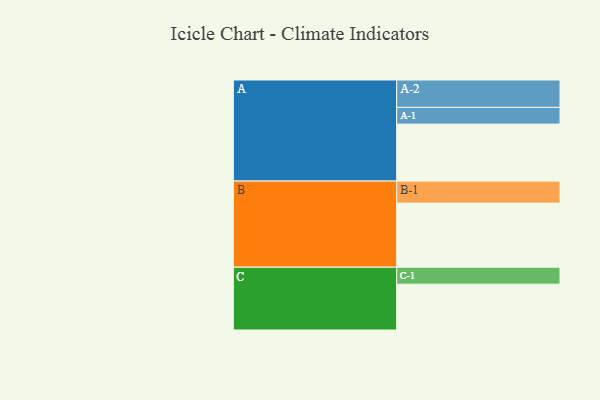
{"axis": {"x": "Segment", "y": "Value"}, "legend": ["", "A", "B", "C"], "data": [{"x": "A", "y": 470, "type": ""}, {"x": "B", "y": 529, "type": ""}, {"x": "C", "y": 378, "type": ""}, {"x": "A-1", "y": 138, "type": "A"}, {"x": "A-2", "y": 226, "type": "A"}, {"x": "B-1", "y": 182, "type": "B"}, {"x": "C-1", "y": 140, "type": "C"}]}